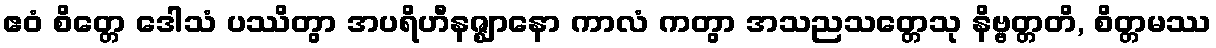
ဧဝံ စိတ္တေ ဒေါသံ ပဿိတွာ အပရိဟီနဇ္ဈာနော ကာလံ ကတွာ အသညသတ္တေသု နိဗ္ဗတ္တတိ, စိတ္တမဿ